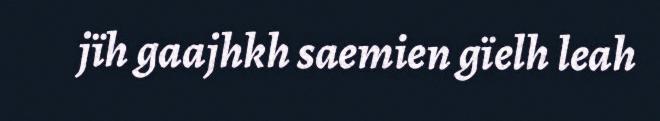
jïh gaajhkh saemien gïelh leah